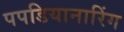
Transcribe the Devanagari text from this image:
पपडियानारिंग